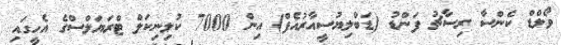
ވޯލްޑް ކެންސާ ރިސާޗު ފަންޑު (ޑަބްލިޔުސީއާރުއެފް) އިން 7000 ކުލިނިކަލް ޓްރަޔަލްސްގެ އެހީގައި